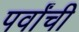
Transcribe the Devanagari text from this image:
पर्वांची